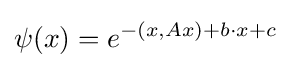
\psi (x)=e^{-(x,Ax)+b\cdot x+c}